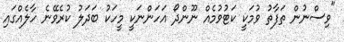
"ވިސްނުން ތަފާތު ވުމަކީ ކަޓުވުމެއް ނޫންދޯ އަހަންނަކީ މީހަކު ބަދަލު ކުރެވޭނެ ހާލެއްގައި